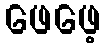
ဖေဖေ့